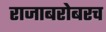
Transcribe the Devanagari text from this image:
राजाबरोबरच